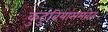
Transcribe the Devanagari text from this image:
कुटुंबियांसमवेत